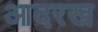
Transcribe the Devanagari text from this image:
आदरख